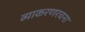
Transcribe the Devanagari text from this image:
व्याकरणरचना